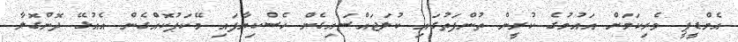
އެމްޑީޕީ ވެރިކަމަށް އައުމުގެ ކުރީން ތުންފަތުގައި ކުލަޖައްސައިގެން ހެސްކިޔާފައި މޭކަޕުކޮއްގެން އެއުޅޭ ދޮންގޮލާ